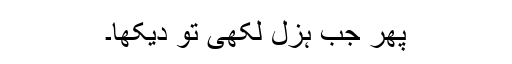
پھر جب ہزل لکھی تو دیکھا۔